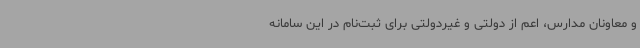
و معاونان مدارس، اعم از دولتی و غیردولتی برای ثبت‌نام در این سامانه